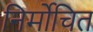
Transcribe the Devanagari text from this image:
निर्मोचित